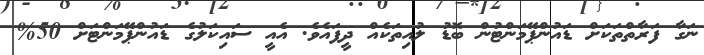
ނަގާ ފަރާތްތަކަށް ޑައުންޕޭމަންޓުން ބޮޑު ލުއިތަކެއް ދީފައެވެ. އެއީ ސައިކަލުގެ ޑައުންޕޭމަންޓަށް 50%